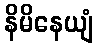
နိမိနေယျံ